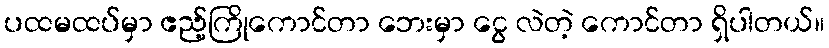
ပထမထပ်မှာ ဧည့်ကြိုကောင်တာ ဘေးမှာ ငွေ လဲတဲ့ ကောင်တာ ရှိပါတယ်။